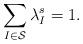
LaTeX: \begin{align*} \sum_{I\in\mathcal S} \lambda_I^s =1.\end{align*}